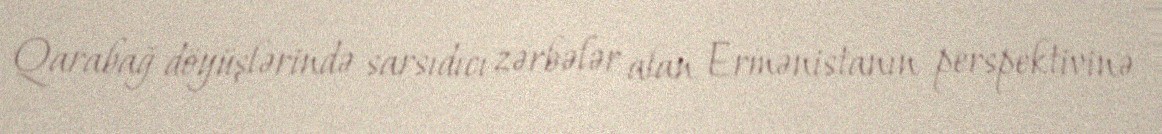
Qarabağ döyüşlərində sarsıdıcı zərbələr alan Ermənistanın perspektivinə